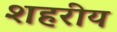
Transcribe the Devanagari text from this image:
शहरीय